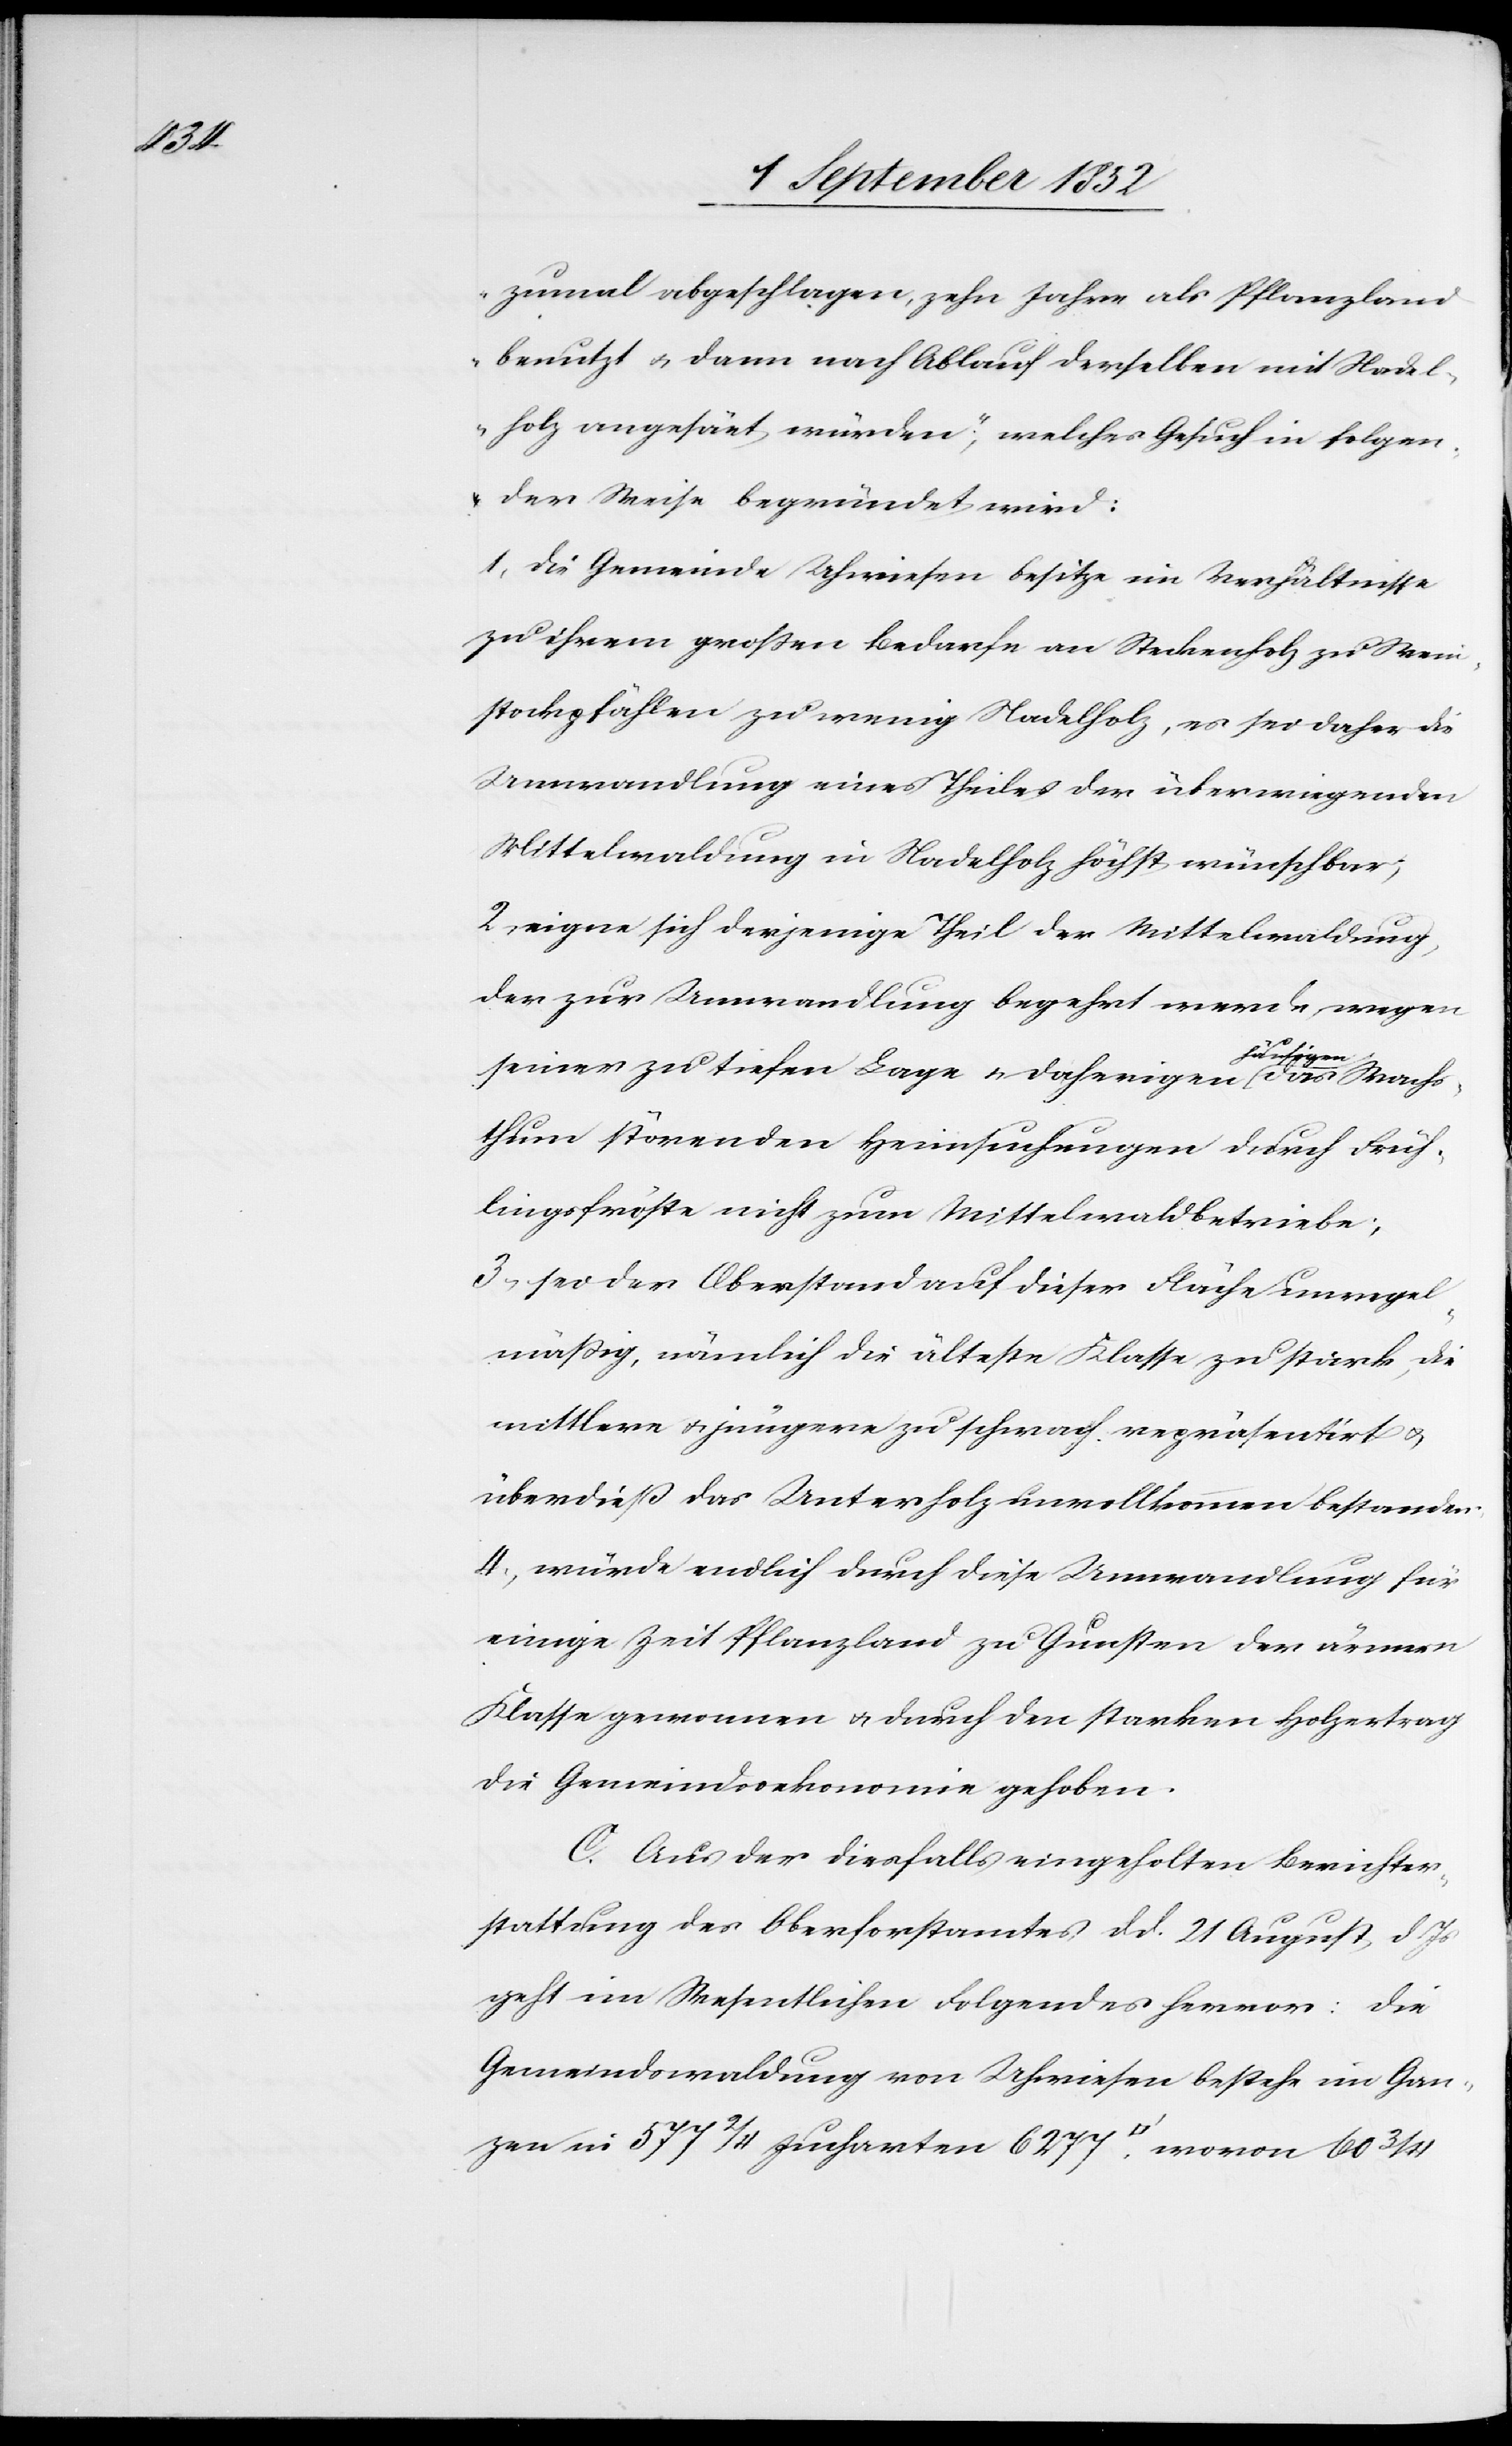
2/4

zumal abgeschlagen, zehn Jahre als Pflanzland
benutzt & dann nach Ablauf derselben mit Nadel¬
holz angesäet würden;“ welches Gesuch in folgen¬
der Weise begründet wird:
1, die Gemeinde Uhwiesen besitze im Verhältnisse
zu ihrem großen Bedarfe an Steckenholz zu Wein¬
stockpfählen zu wenig Nadelholz, es sei daher die
Umwandlung eines Theiles der überwiegenden
Mittelwaldung in Nadelholz höchst wünschbar;
2, eigne sich derjenige Theil der Mittelwaldung,
der zur Umwandlung begehrt werde, wegen
wovon
seiner zu tiefen Lage & daherigen häufigen das Wachs¬
thum störenden Heimsuchungen durch Früh¬
lingsfröste nicht zum Mittelwaldbetriebe;
3, sei der Oberstand auf dieser Fläche unregel¬
mäßig, nämlich die älteste Klasse zu stark, die
mittlere & jüngere zu schwach repräsentirt &
überdieß das Unterholz unvollkommen bestanden;
4, würde endlich durch diese Umwandlung für
einige Zeit Pflanzland zu Gunsten der ärmern
Klasse gewonnen & durch den starken Holzertrag
die Gemeindsoekonomie gehoben.
C. Aus der diesfalls eingeholten Berichter¬
stattung des Oberforstamtes d d. 21 August d. Js
geht im Wesentlichen Folgendes hervor: Die
Gemeindswaldung von Uhwiesen bestehe im Gan¬